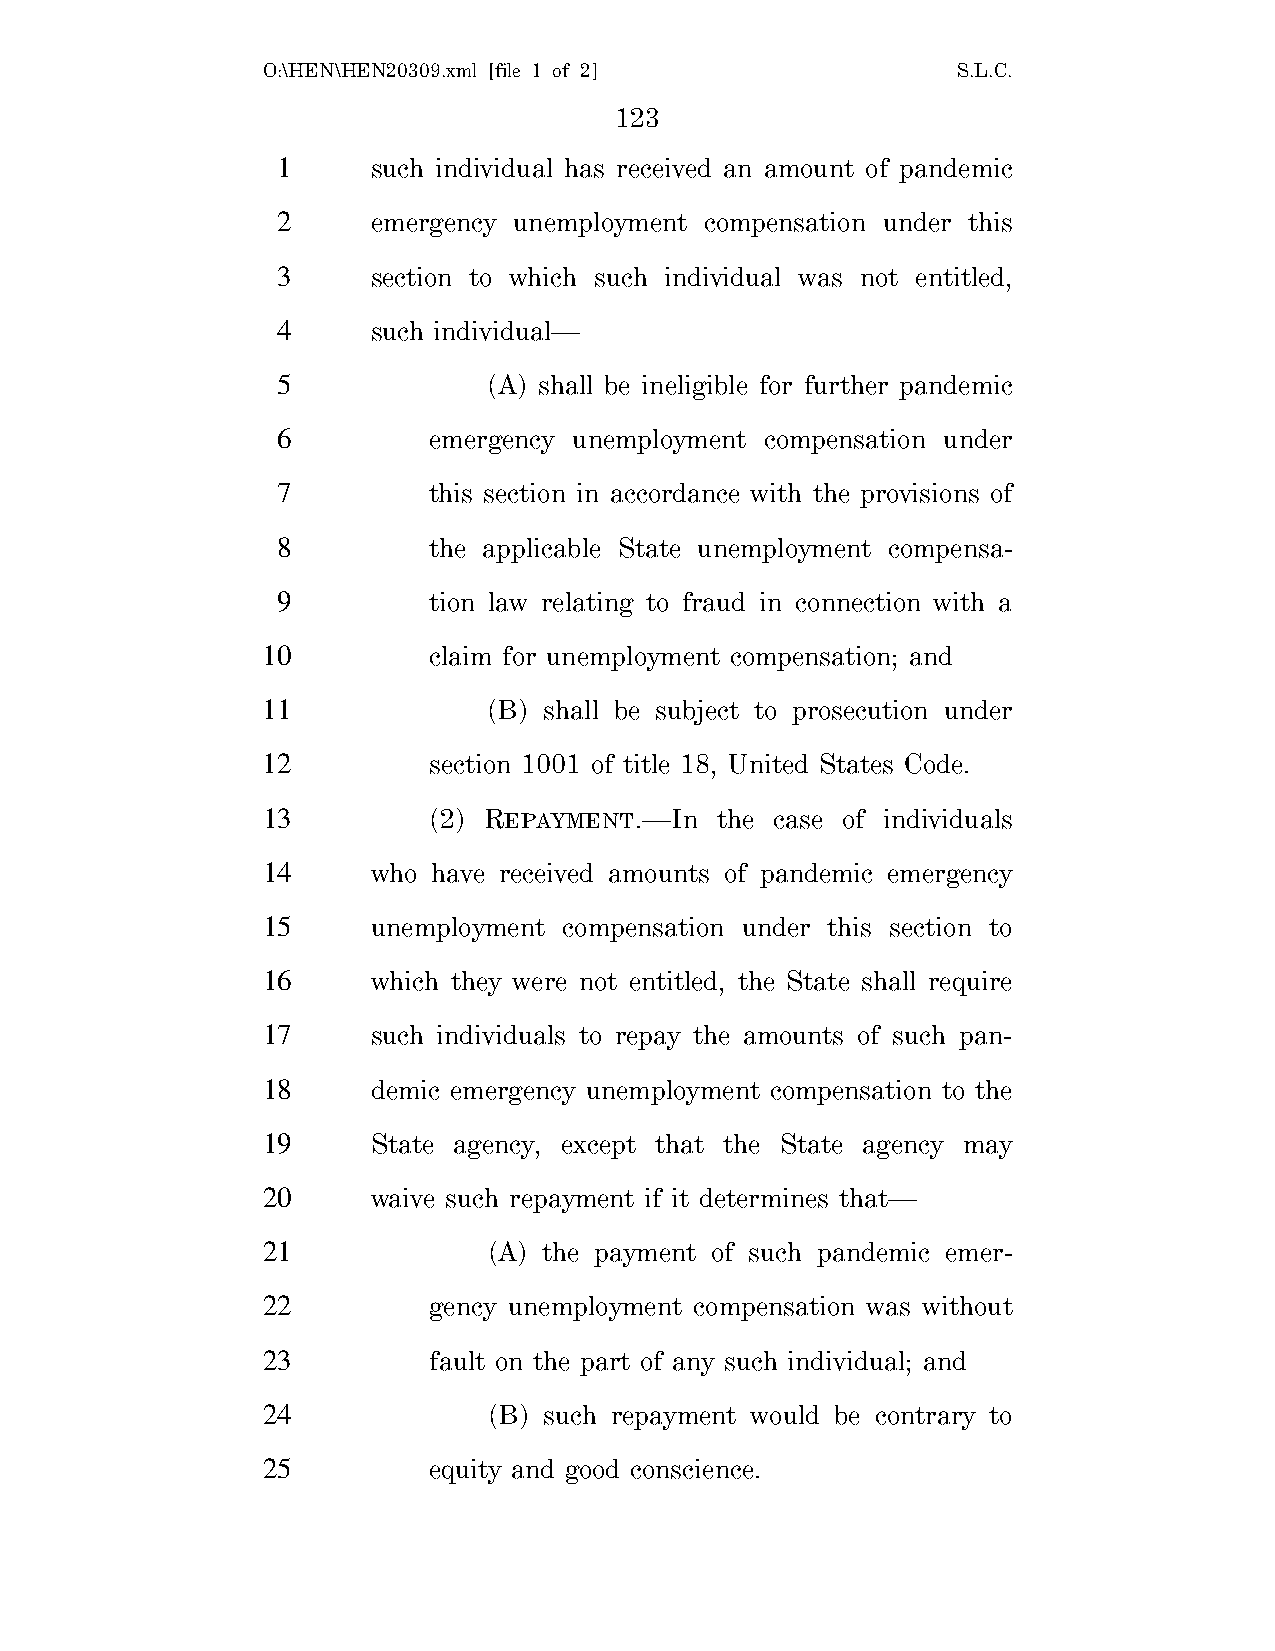
O:\HEN\HEN20309.xml [file 1 of 2]             S.L.C.
 123
 1      such individual has received an amount of pandemic
 2      emergency unemployment compensation under this
 3      section to which such individual was not entitled,
 4      such individual—
 5             (A) shall be ineligible for further pandemic
 6         emergency unemployment compensation under
 7         this section in accordance with the provisions of
 8         the applicable State unemployment compensa-
 9         tion law relating to fraud in connection with a
 10         claim for unemployment compensation; and
 11             (B) shall be subject to prosecution under
 12         section 1001 of title 18, United States Code.
 13         (2) REPAYMENT.—In  the case of individuals
 14      who have received amounts of pandemic emergency
 15      unemployment compensation under this section to
 16      which they were not entitled, the State shall require
 17      such individuals to repay the amounts of such pan-
 18      demic emergency unemployment compensation to the
 19      State agency, except that the State agency may
 20      waive such repayment if it determines that—
 21             (A) the payment of such pandemic emer-
 22         gency unemployment compensation was without
 23         fault on the part of any such individual; and
 24             (B) such repayment would be contrary to
 25         equity and good conscience.